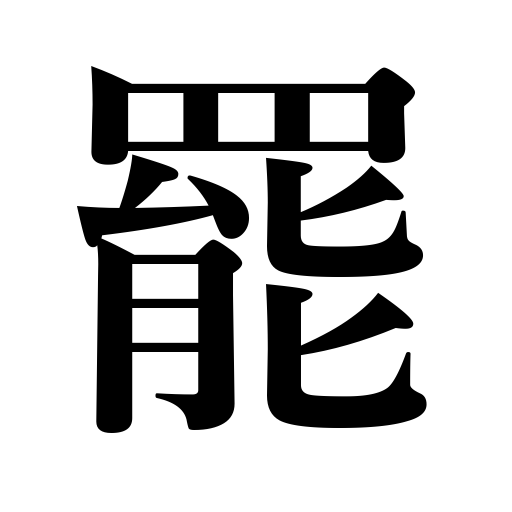
Meanings: end,die out,go off,stop,cease,be extinguished,subside,be abandoned,leave,pass,calm down